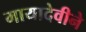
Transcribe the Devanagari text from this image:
मायादेवीने